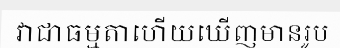
វាជាធម្មតាហើយឃើញមានរូប